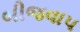
બીજવાપ